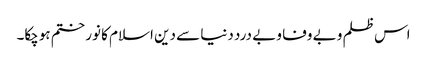
اس ظلم و بے وفا و بے درد دنیا سے دین اسلام کا نور ختم ہوچکا۔